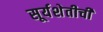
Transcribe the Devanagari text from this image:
सूर्यशेतीची